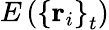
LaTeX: E\left(\left\{ \mathbf{r}_{i}\right\} _{t}\right)